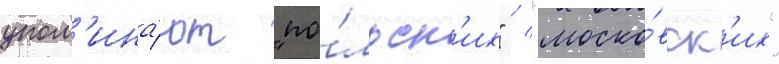
упом'ина́ют "по́льск'их" / "моско́вск'их"